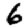
Digit: 6